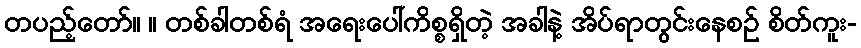
တပည့်တော်။ ။ တစ်ခါတစ်ရံ အရေးပေါ်ကိစ္စရှိတဲ့ အခါနဲ့ အိပ်ရာတွင်းနေစဉ် စိတ်ကူး-